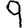
Digit: 9